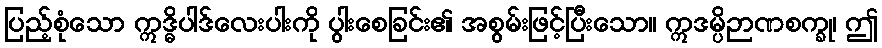
ပြည့်စုံသော ဣဒ္ဓိပါဒ်လေးပါးကို ပွါးစေခြင်း၏ အစွမ်းဖြင့်ပြီးသော။ ဣဒမ္ပိဉာဏစက္ခု၊ ဤ